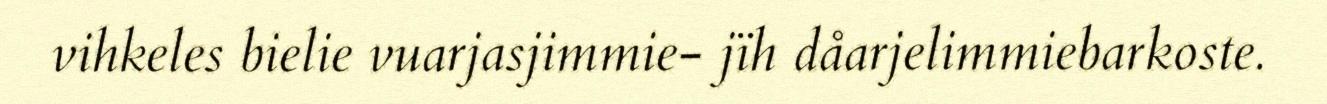
vihkeles bielie vuarjasjimmie- jïh dåarjelimmiebarkoste.